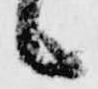
候